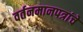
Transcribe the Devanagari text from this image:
वर्तनमानपत्रांचे